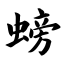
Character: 螃